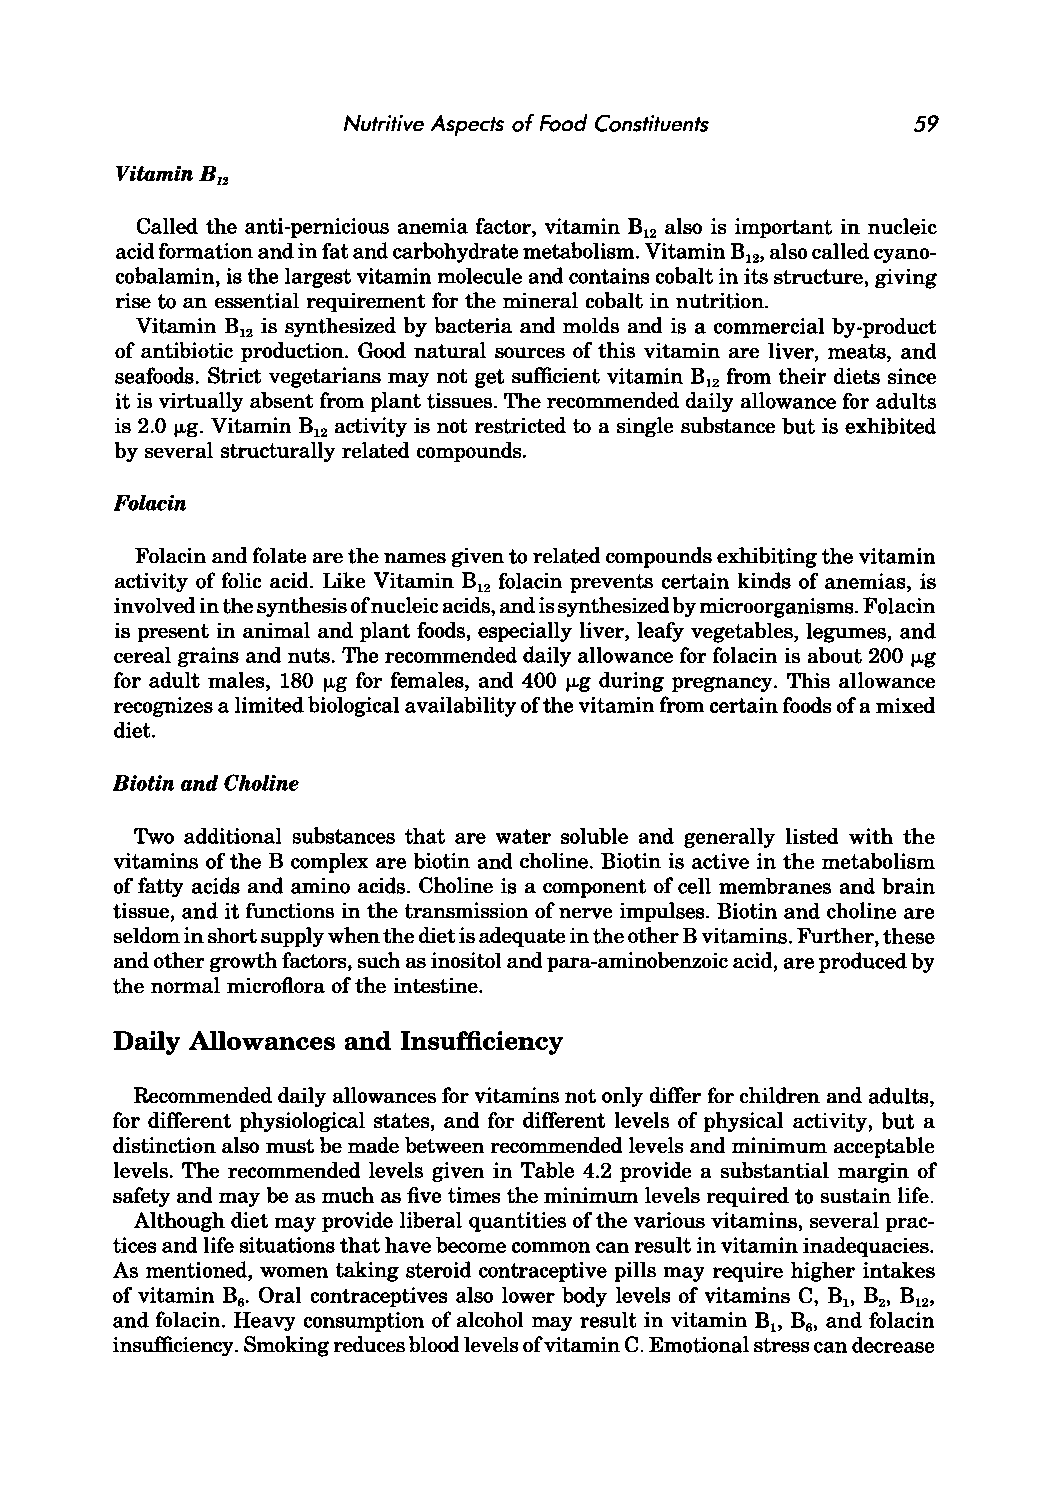
Nutritive Aspects of Food Constituents 59
 Vitamin B12
 Called the anti-pernicious anemia factor, vitamin B12 also is important in nucleic
 acid formation and in fat and carbohydrate metabolism. Vitamin B12, also called cyano
 cobalamin, is the largest vitamin molecule and contains cobalt in its structure, giving
 rise to an essential requirement for the mineral cobalt in nutrition.
 Vitamin B12 is synthesized by bacteria and molds and is a commercial by-product
 of antibiotic production. Good natural sources of this vitamin are liver, meats, and
 seafoods. Strict vegetarians may not get sufficient vitamin B12 from their diets since
 it is virtually absent from plant tissues. The recommended daily allowance for adults
 is 2.0 ~g. Vitamin B12 activity is not restricted to a single substance but is exhibited
 by several structurally related compounds.
 Folacin
 Folacin and folate are the names given to related compounds exhibiting the vitamin
 activity of folic acid. Like Vitamin B12 folacin prevents certain kinds of anemias, is
 involved in the synthesis of nucleic acids, and is synthesized by microorganisms. Folacin
 is present in animal and plant foods, especially liver, leafy vegetables, legumes, and
 cereal grains and nuts. The recommended daily allowance for folacin is about 200 ~g
 for adult males, 180 ~g for females, and 400 ~g during pregnancy. This allowance
 recognizes a limited biological availability of the vitamin from certain foods of a mixed
 diet.
 Biotin and Choline
 Two additional substances that are water soluble and generally listed with the
 vitamins of the B complex are biotin and choline. Biotin is active in the metabolism
 of fatty acids and amino acids. Choline is a component of cell membranes and brain
 tissue, and it functions in the transmission of nerve impulses. Biotin and choline are
 seldom in short supply when the diet is adequate in the other B vitamins. Further, these
 and other growth factors, such as inositol and para-aminobenzoic acid, are produced by
 the normal microflora of the intestine.
 Daily Allowances and Insufficiency
 Recommended daily allowances for vitamins not only differ for children and adults,
 for different physiological states, and for different levels of physical activity, but a
 distinction also must be made between recommended levels and minimum acceptable
 levels. The recommended levels given in Table 4.2 provide a substantial margin of
 safety and may be as much as five times the minimum levels required to sustain life.
 Although diet may provide liberal quantities of the various vitamins, several prac
 tices and life situations that have become common can result in vitamin inadequacies.
 As mentioned, women taking steroid contraceptive pills may require higher intakes
 of vitamin B
 6•
 Oral contraceptives also lower body levels of vitamins C, Bl> B2, B12,
 and folacin. Heavy consumption of alcohol may result in vitamin Bl> B and folacin
 6,
 insufficiency. Smoking reduces blood levels of vitamin C. Emotional stress can decrease